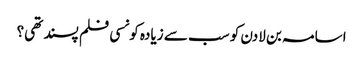
اسامہ بن لادن کو سب سے زیادہ کونسی فلم پسند تھی؟